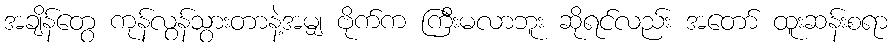
အချိန်တွေ ကုန်လွန်သွားတာနဲ့အမျှ ဗိုက်က ကြီးမလာဘူး ဆိုရင်လည်း အတော် ထူးဆန်းစရာ